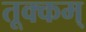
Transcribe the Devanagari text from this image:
तूक्कम्